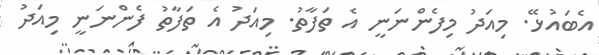
އެބައުޅޭ. މިއަދު މިފެންނަނީ އެ ތަފާތު. މިއަދު އެ ތަފާތު ފެންނަނީ މިއަދު